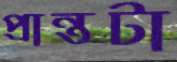
প্রান্তটা